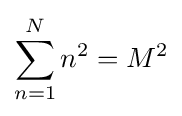
\sum _{n=1}^{N}n^{2}=M^{2}